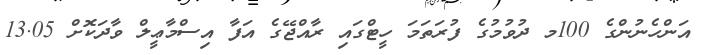
އަންހެނުންގެ 100މ ދުވުމުގެ ފުރަތަމަ ހީޓްގައި ރާއްޖޭގެ އަފާ އިސްމާޢީލް ވާދަކޮށް 13.05